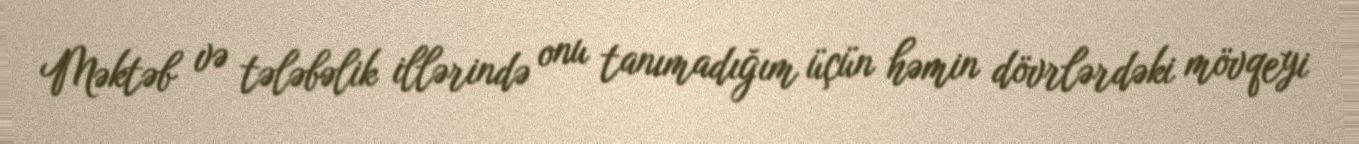
Məktəb və tələbəlik illərində onu tanımadığım üçün həmin dövrlərdəki mövqeyi